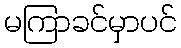
မကြာခင်မှာပင်